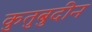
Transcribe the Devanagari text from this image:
कुतुबुदीन